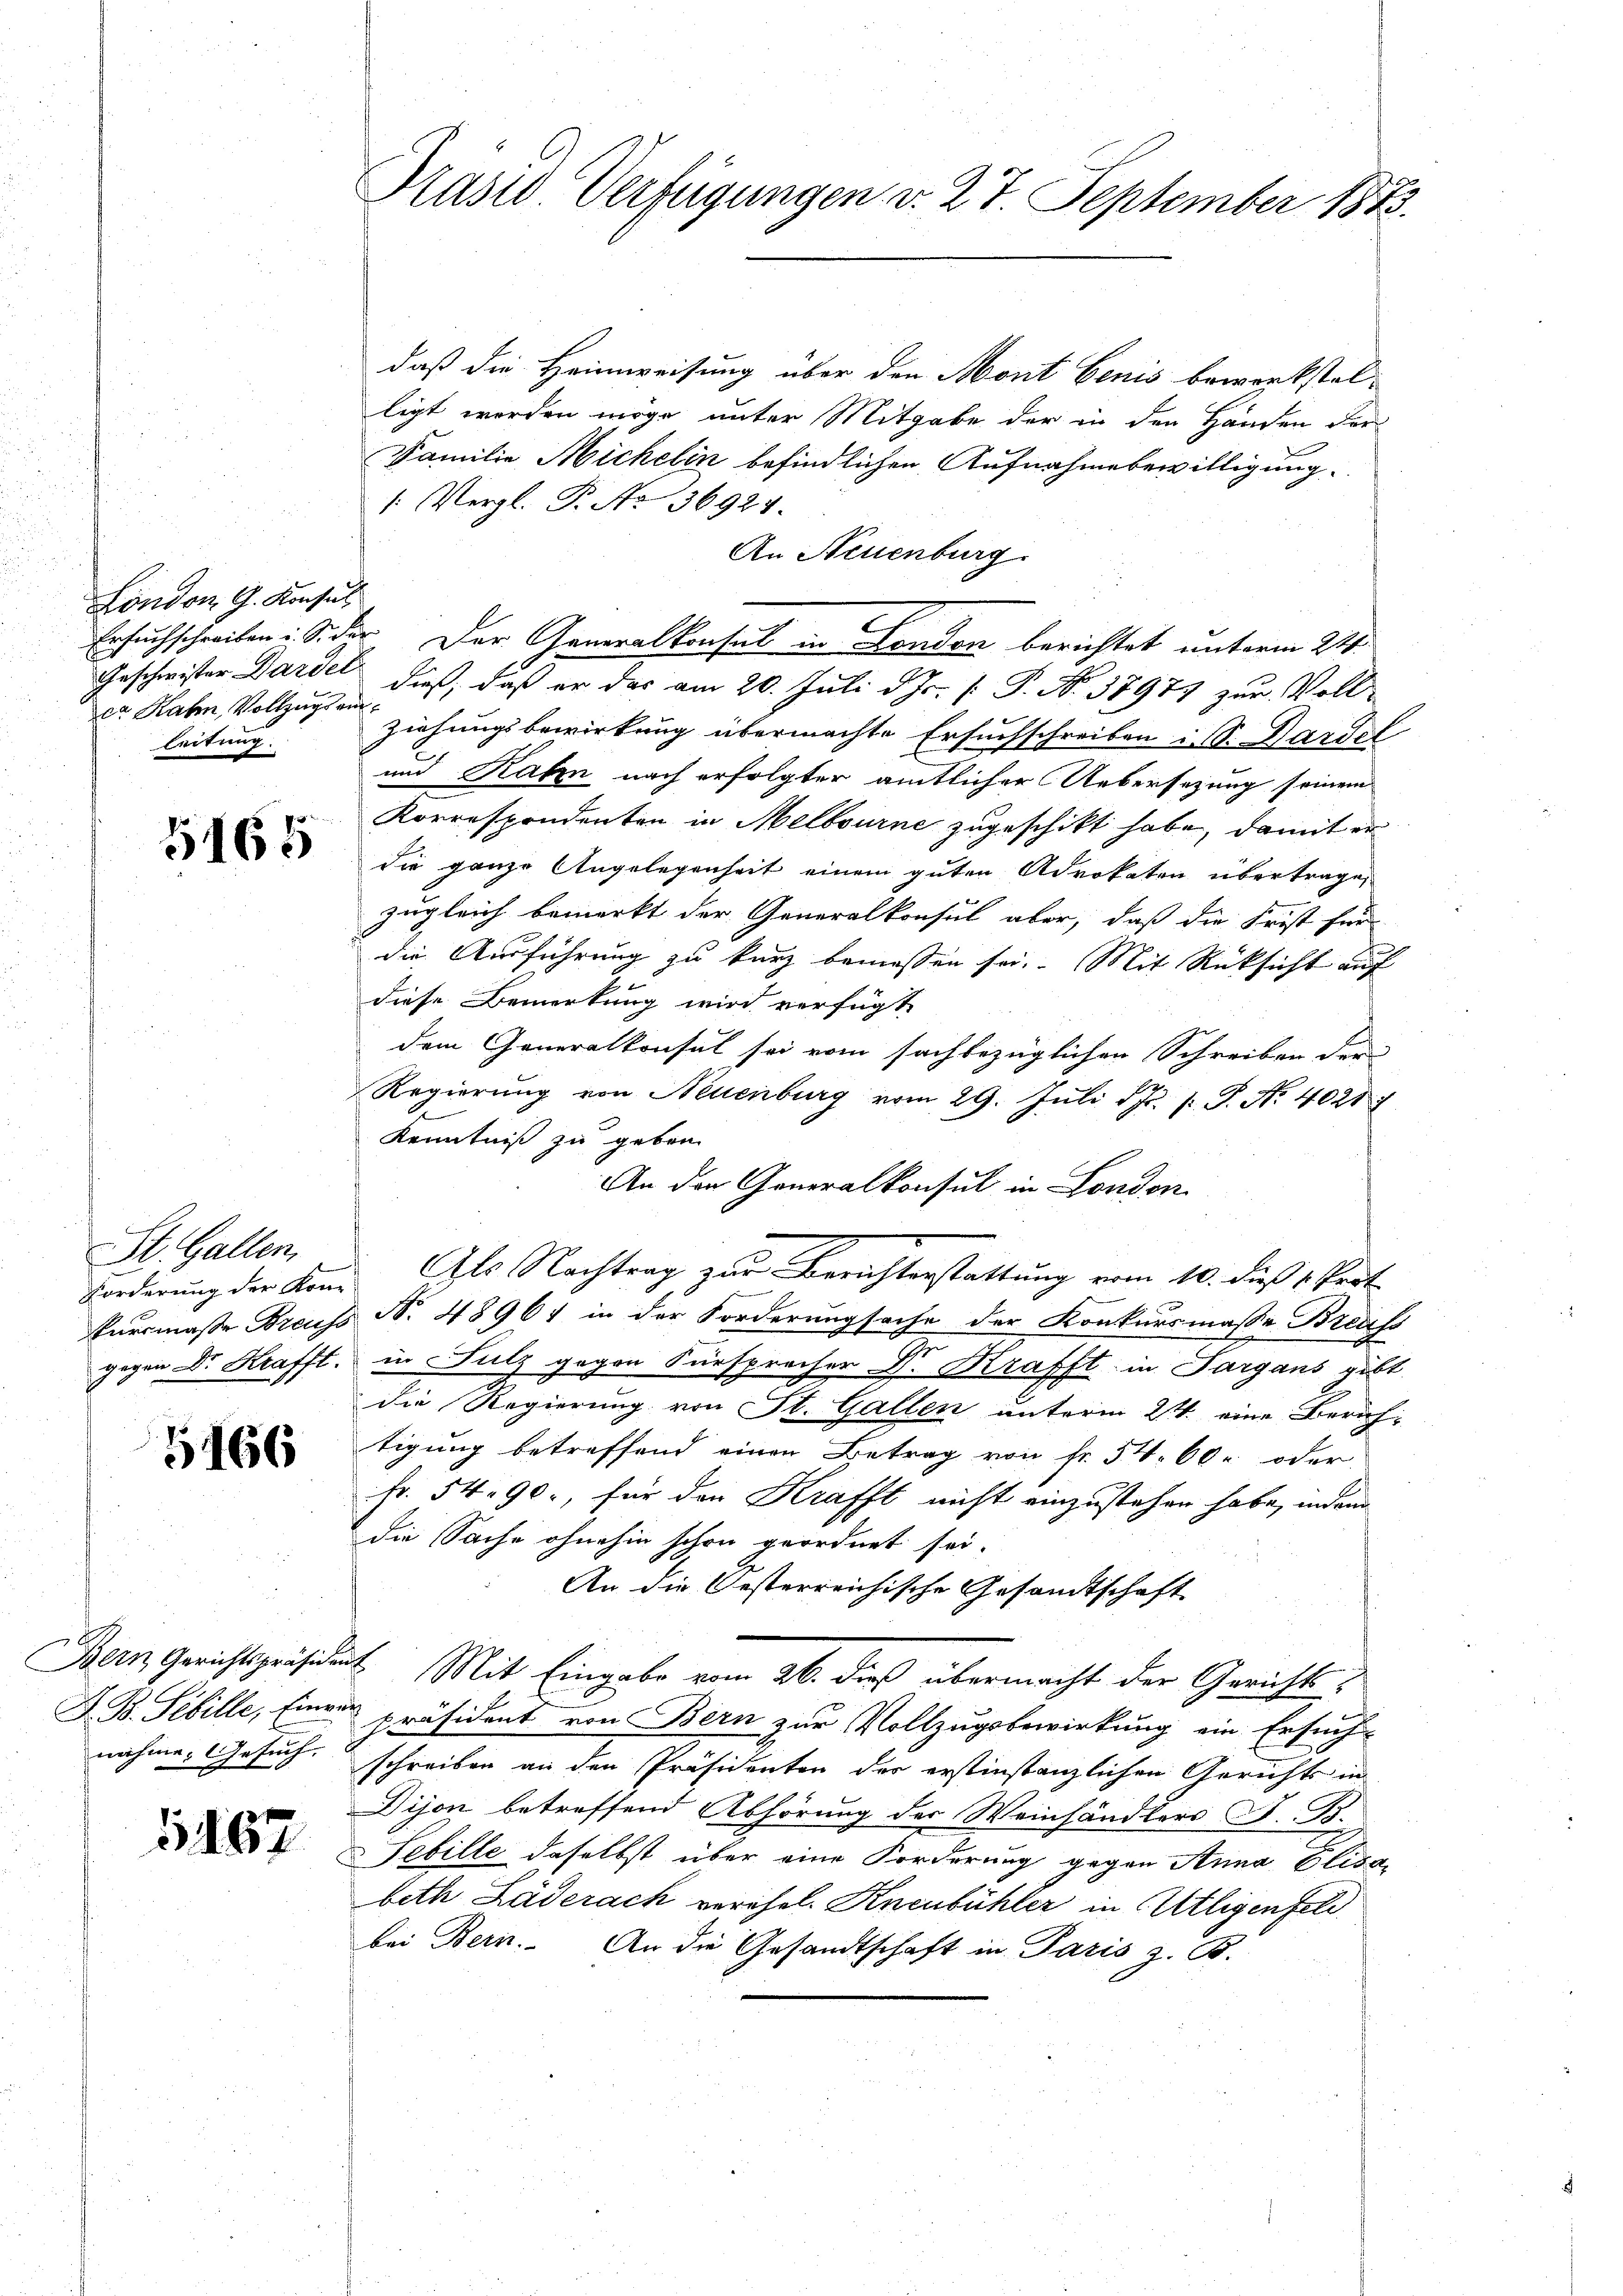
London G. Konsul
ca Rahn, Vollzugs ein
leitung.

5165

St. Gallen.

5166

3187

Pasid. Verfügungen d. 27. September 1883.

daß die Heimweisung über den Mont benis bewerkstel-
ligt worden möge unter Mitgabe der in den Händen der
Familie Michelin befindlichen Aufnahme bewilligung.
/: Vergl. P. No 36921.
An Steuenburg.
Ersuchschreiben: Sider. Der Generalkonsul in London berichtet unterm 24.
Geschwister Darsel dieß, daß er das am 20. Juli d. Js. [ P. No. 37977 zur Vollziehungsbewirkung übermachte Ersuchschreiben in Sr. Dariel
und Rahn nach erfolgter amtlicher Uebersetzung seinem
Korrespondenten in Melbourne zugeschikt habe, damit er
die ganze Angelegenheit einem guten Advokaten übertrage,
zugleich bemerkt der Generalkonsul aber, daß die Frist für
die Ausführung zu kurz bemessen sei. Mit Rücksicht auf
diese Bemerkung wird verfügte
dem Generalkonsul sei vom sachbezüglichen Schreiben der
Regierung von Neuenburg vom 29. Juli d. Js. pr. S. Nr. 40217
Kenntniß zu geben.
An der Generalkonsul in London
Forderung der Kom Ils Nachtrag zur Berichterstattung vom 10. dieß Prot
Eursmaße Breuss N. 48967 in der Forderungsache der Konkursmaße Breuss
gegen Dr. Krafft, in Sulz gegen Fürsprocher Dr. Krafft in Sargans gibt
die Regierung von St. Gallen unterm 24. eine Zürich-
tigung betreffend einen Betrag von Fr. 54. 60 oder
Fr. 54. 90, für den Krafft nicht einzustehen habe, indem
die Sache ohnehin schon geordnet sei.
An die Oesterreichische Gesandtschaft
Bern Gerichtspräsident. Mit Eingabe vom 26. dieß übermacht der Gerichts¬
Z. B. Sebille, Einger Präsident von Bern zur Vollzugsbewirkung ein Ersuch-
nahme Gesuch, schreiben an den Präsidenten der erstinstanzlichen Gerichts in
Dijon betreffend Abhörung der Weinhändlers S. B.
Sebille daselbst über eine Forderung gegen Anna Elisa
beth Läderach verehel. Kneubühler in Utligenfeld
bei Bern. An die Gesandtschaft in Paris z. B.